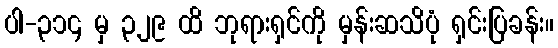
ပါ-၃၁၄ မှ ၃၂၉ ထိ ဘုရားရှင်ကို မှန်းဆသိပုံ ရှင်းပြခန်း။